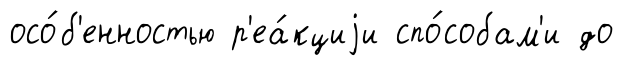
осо́б'енностью р'еа́кциjи спо́собам'и до